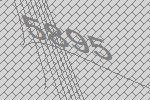
5895